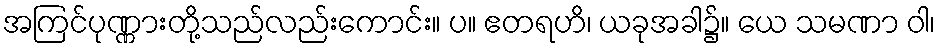
အကြင်ပုဏ္ဏားတို့သည်လည်းကောင်း။ ပ။ ဧတရဟိ၊ ယခုအခါ၌။ ယေ သမဏာ ဝါ၊